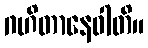
ဂဟိတာနေဝါတိ။